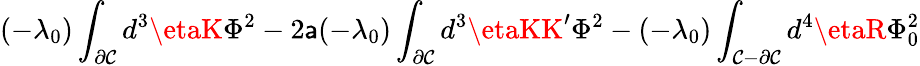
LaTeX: (-\lambda_{0})\int_{\partial\mathcal{C}}d^{3}\etaK\Phi^{2}-2\mathsf{a}(-\lambda_{0})\int_{\partial\mathcal{C}}d^{3}\etaKK^{\prime}\Phi^{2}-(-\lambda_{0})\int_{\mathcal{C}-\partial\mathcal{C}}d^{4}\etaR\Phi_{0}^{2}